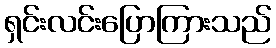
ရှင်းလင်းပြောကြားသည်